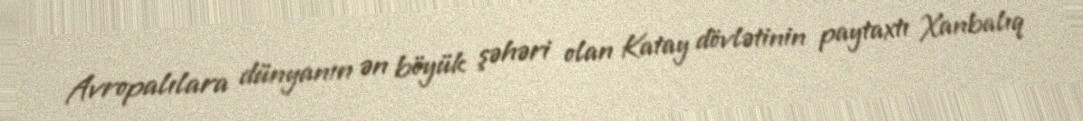
Avropalılara dünyanın ən böyük şəhəri olan Katay dövlətinin paytaxtı Xanbalıq